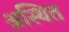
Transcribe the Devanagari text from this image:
अस्थित